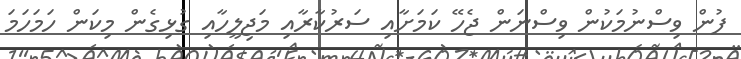
ފުން ވިސްނުމަކުން ވިސްނަން ޖެހޭ ކަމަށާއި ސަރުކާރާއި މަޖިލީހާއި ގުޅިގެން މިކަން ހަމަހަމަ